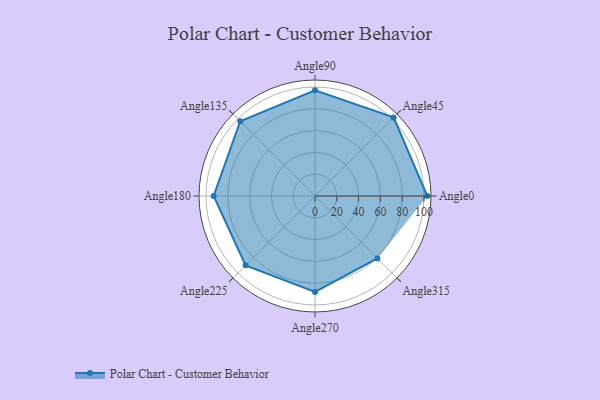
{"axis": {"x": "Angle", "y": "Radius"}, "legend": [""], "data": [{"x": "Angle0", "y": 103.0, "type": ""}, {"x": "Angle45", "y": 102.0, "type": ""}, {"x": "Angle90", "y": 97.0, "type": ""}, {"x": "Angle135", "y": 97.0, "type": ""}, {"x": "Angle180", "y": 93.0, "type": ""}, {"x": "Angle225", "y": 90.0, "type": ""}, {"x": "Angle270", "y": 88.0, "type": ""}, {"x": "Angle315", "y": 81.0, "type": ""}]}